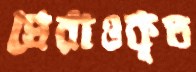
ঘেরাওকৃত